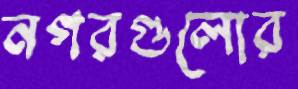
নগরগুলোর